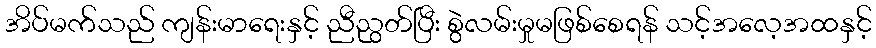
အိပ်မက်သည် ကျန်းမာရေးနှင့် ညီညွတ်ပြီး စွဲလမ်းမှုမဖြစ်စေရန် သင့်အလေ့အထနှင့်